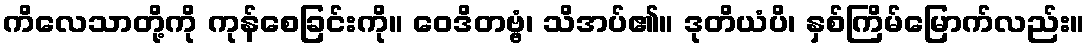
ကိလေသာတို့ကို ကုန်စေခြင်းကို။ ဝေဒိတဗ္ဗံ၊ သိအပ်၏။ ဒုတိယံပိ၊ နှစ်ကြိမ်မြောက်လည်း။